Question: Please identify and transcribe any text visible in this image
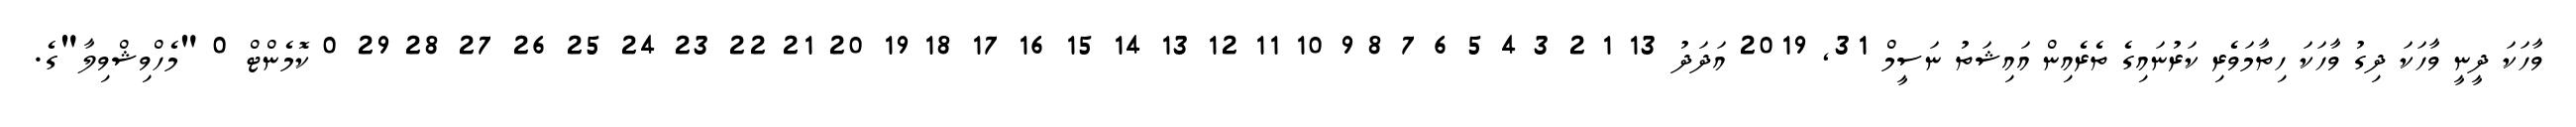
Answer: ވާހަކަ ދީނީ ވާހަކަ ދިގު ވާހަކަ ހިތާމަވެރި ކަރުނައިގެ ތެރެއިން އައިޝަތު ނަސީމް 31, 2019 އަދަދު 13 1 2 3 4 5 6 7 8 9 10 11 12 13 14 15 16 17 18 19 20 21 22 23 24 25 26 27 28 29 0 ކޮމެންޓް 0 "މެހްވިޝްވިލާ"ގެ.